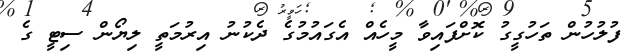
ފުލުހުން ތަހުގީގު ކޮށްފައިވާ މީހެއް އެގައުމުގެ ދެކުނު އިރުމަތީ ލިޔޯން ސިޓީ ގެ